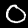
Label: 0